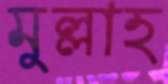
মুল্লাহ